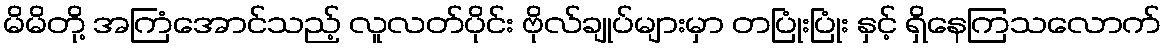
မိမိတို့ အကြံအောင်သည့် လူလတ်ပိုင်း ဗိုလ်ချုပ်များမှာ တပြုံးပြုံး နှင့် ရှိနေကြသလောက်